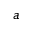
^ { a }